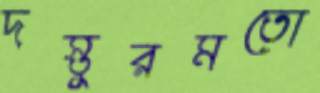
দস্তুরমতো